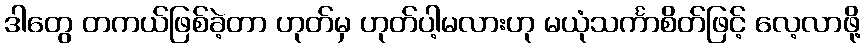
ဒါတွေ တကယ်ဖြစ်ခဲ့တာ ဟုတ်မှ ဟုတ်ပါ့မလားဟု မယုံသင်္ကာစိတ်ဖြင့် လေ့လာဖို့